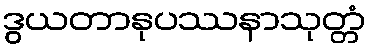
ဒွယတာနုပဿနာသုတ္တံ